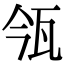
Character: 𤬰